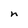
Character: n